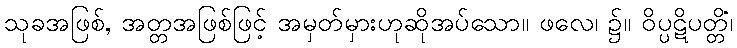
သုခအဖြစ်, အတ္တအဖြစ်ဖြင့် အမှတ်မှားဟုဆိုအပ်သော။ ဖလေ၊ ၌။ ဝိပ္ပဋိပတ္တိံ၊